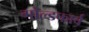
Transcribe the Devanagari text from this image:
गोल्डफार्ब